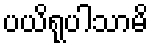
ပယိရုပါသာမိ